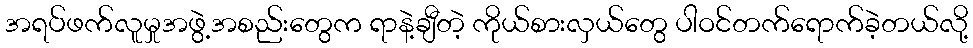
အရပ်ဖက်လူမှုအဖွဲ့အစည်းတွေက ရာနဲ့ချီတဲ့ ကိုယ်စားလှယ်တွေ ပါဝင်တက်ရောက်ခဲ့တယ်လို့